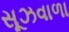
સૂઝવાળા